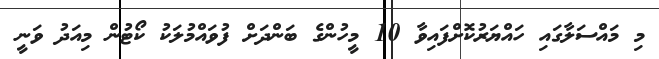
މި މައްސަލާގައި ހައްޔަރުކޮށްފައިވާ 10 މީހުންގެ ބަންދަށް ފުވައްމުލަކު ކޯޓުން މިއަދު ވަނީ